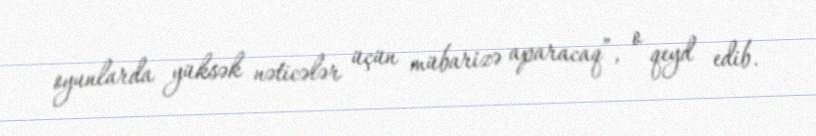
oyunlarda yüksək nəticələr üçün mübarizə aparacaq”, o qeyd edib.